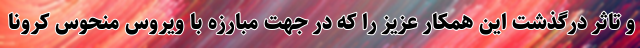
و تاثر درگذشت این همکار عزیز را که در جهت مبارزه با ویروس منحوس کرونا